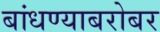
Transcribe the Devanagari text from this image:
बांधण्याबरोबर